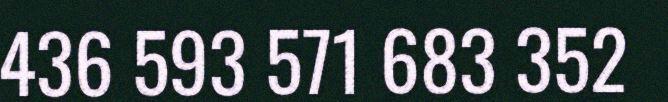
436 593 571 683 352